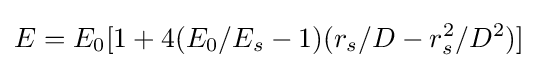
E=E_{0}[1+4(E_{0}/E_{s}-1)(r_{s}/D-r_{s}^{2}/D^{2})]